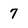
Character: 7